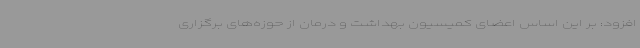
افزود: بر این اساس اعضای کمیسیون بهداشت و درمان از حوزه‌های برگزاری